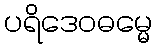
ပရိဒေဝဓမ္မေ